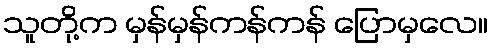
သူတို့က မှန်မှန်ကန်ကန် ပြောမှလေ။